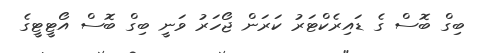
ބިގް ބޮސް ގެ ޑައިރެކްޓަރު ކަރަން ޖޯހަރު ވަނީ ބިގް ބޮސް އޯޓީޓީގެ